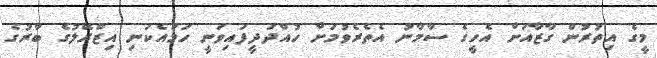
މީގެ އިތުރުން ގާޒާއަށް އެހީގެ ސާމާނު އެތެރެވުމަށް ހުއްދަދީފައިވަނީ ހަމައެކަނި އިޒްރޭލުގެ ބާރުގެ